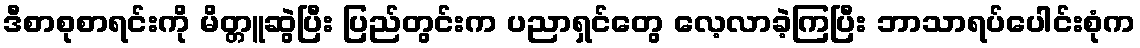
ဒီစာစုစာရင်းကို မိတ္တူဆွဲပြီး ပြည်တွင်းက ပညာရှင်တွေ လေ့လာခဲ့ကြပြီး ဘာသာရပ်ပေါင်းစုံက